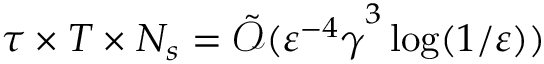
\tau \times T \times N _ { s } = \tilde { \mathcal { O } } ( { \varepsilon ^ { - 4 } \gamma } ^ { 3 } \log ( 1 / \varepsilon ) )